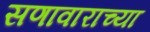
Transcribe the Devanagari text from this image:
सणावाराच्या